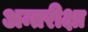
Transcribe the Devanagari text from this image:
अन्तरीक्षा